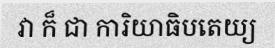
វា ក៏ ជា ការិយាធិបតេយ្យ